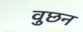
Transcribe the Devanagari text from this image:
वुछन